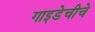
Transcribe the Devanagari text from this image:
गाइडेचीचे